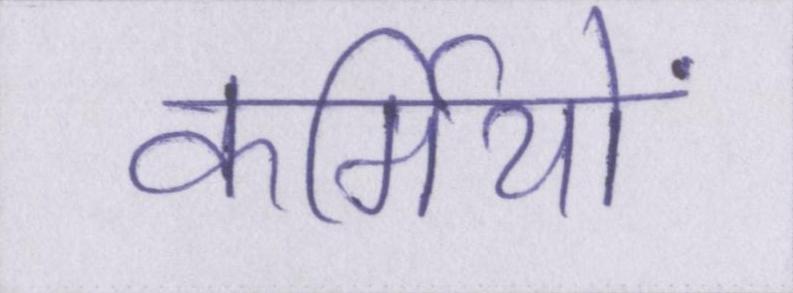
कर्मियों